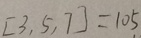
[ 3 , 5 , 7 ] = 1 0 5